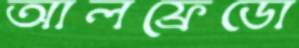
আলফ্রেডো